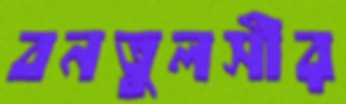
বনতুলসীর